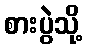
စားပွဲသို့